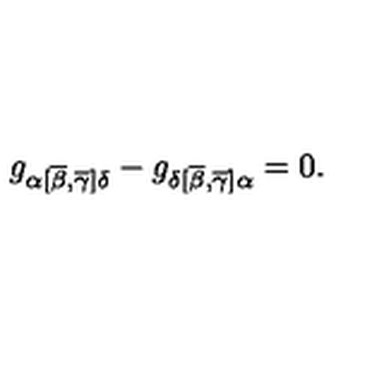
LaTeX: g _ { \alpha [ \overline { { \beta } } , \overline { { \gamma } } ] \delta } - g _ { \delta [ \overline { { \beta } } , \overline { { \gamma } } ] \alpha } = 0 .